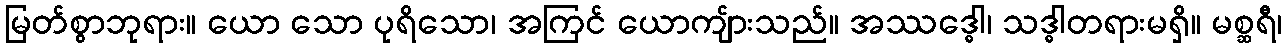
မြတ်စွာဘုရား။ ယော သော ပုရိသော၊ အကြင် ယောကျ်ားသည်။ အဿဒ္ဓေါ၊ သဒ္ဓါတရားမရှိ။ မစ္ဆရီ၊